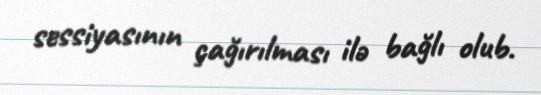
sessiyasının çağırılması ilә bağlı olub.